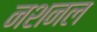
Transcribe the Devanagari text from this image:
नशनल